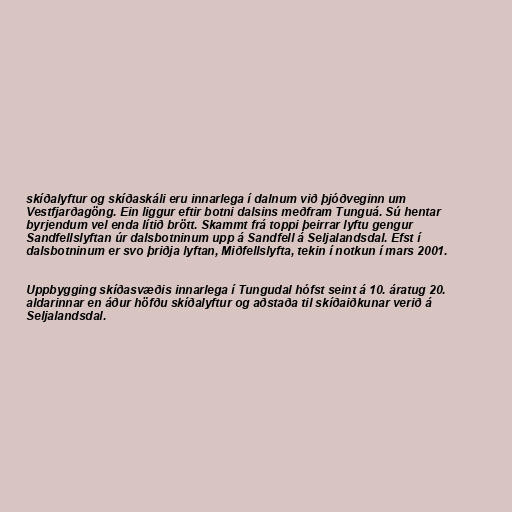
skíðalyftur og skíðaskáli eru innarlega í dalnum við þjóðveginn um
Vestfjarðagöng. Ein liggur eftir botni dalsins meðfram Tunguá. Sú hentar
byrjendum vel enda lítið brött. Skammt frá toppi þeirrar lyftu gengur
Sandfellslyftan úr dalsbotninum upp á Sandfell á Seljalandsdal. Efst í
dalsbotninum er svo þriðja lyftan, Miðfellslyfta, tekin í notkun í mars 2001.

Uppbygging skíðasvæðis innarlega í Tungudal hófst seint á 10. áratug 20.
aldarinnar en áður höfðu skíðalyftur og aðstaða til skíðaiðkunar verið á
Seljalandsdal.